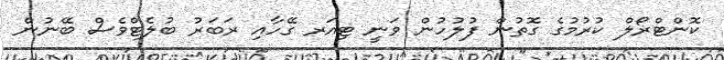
ކޮންޓްރޯލް ކުރުމުގެ ގޮތުން ފުލުހުން ވަނީ ޓިއަރ ގޭހާއި ރަބަރު ބުލެޓްވެސް ބޭނުން